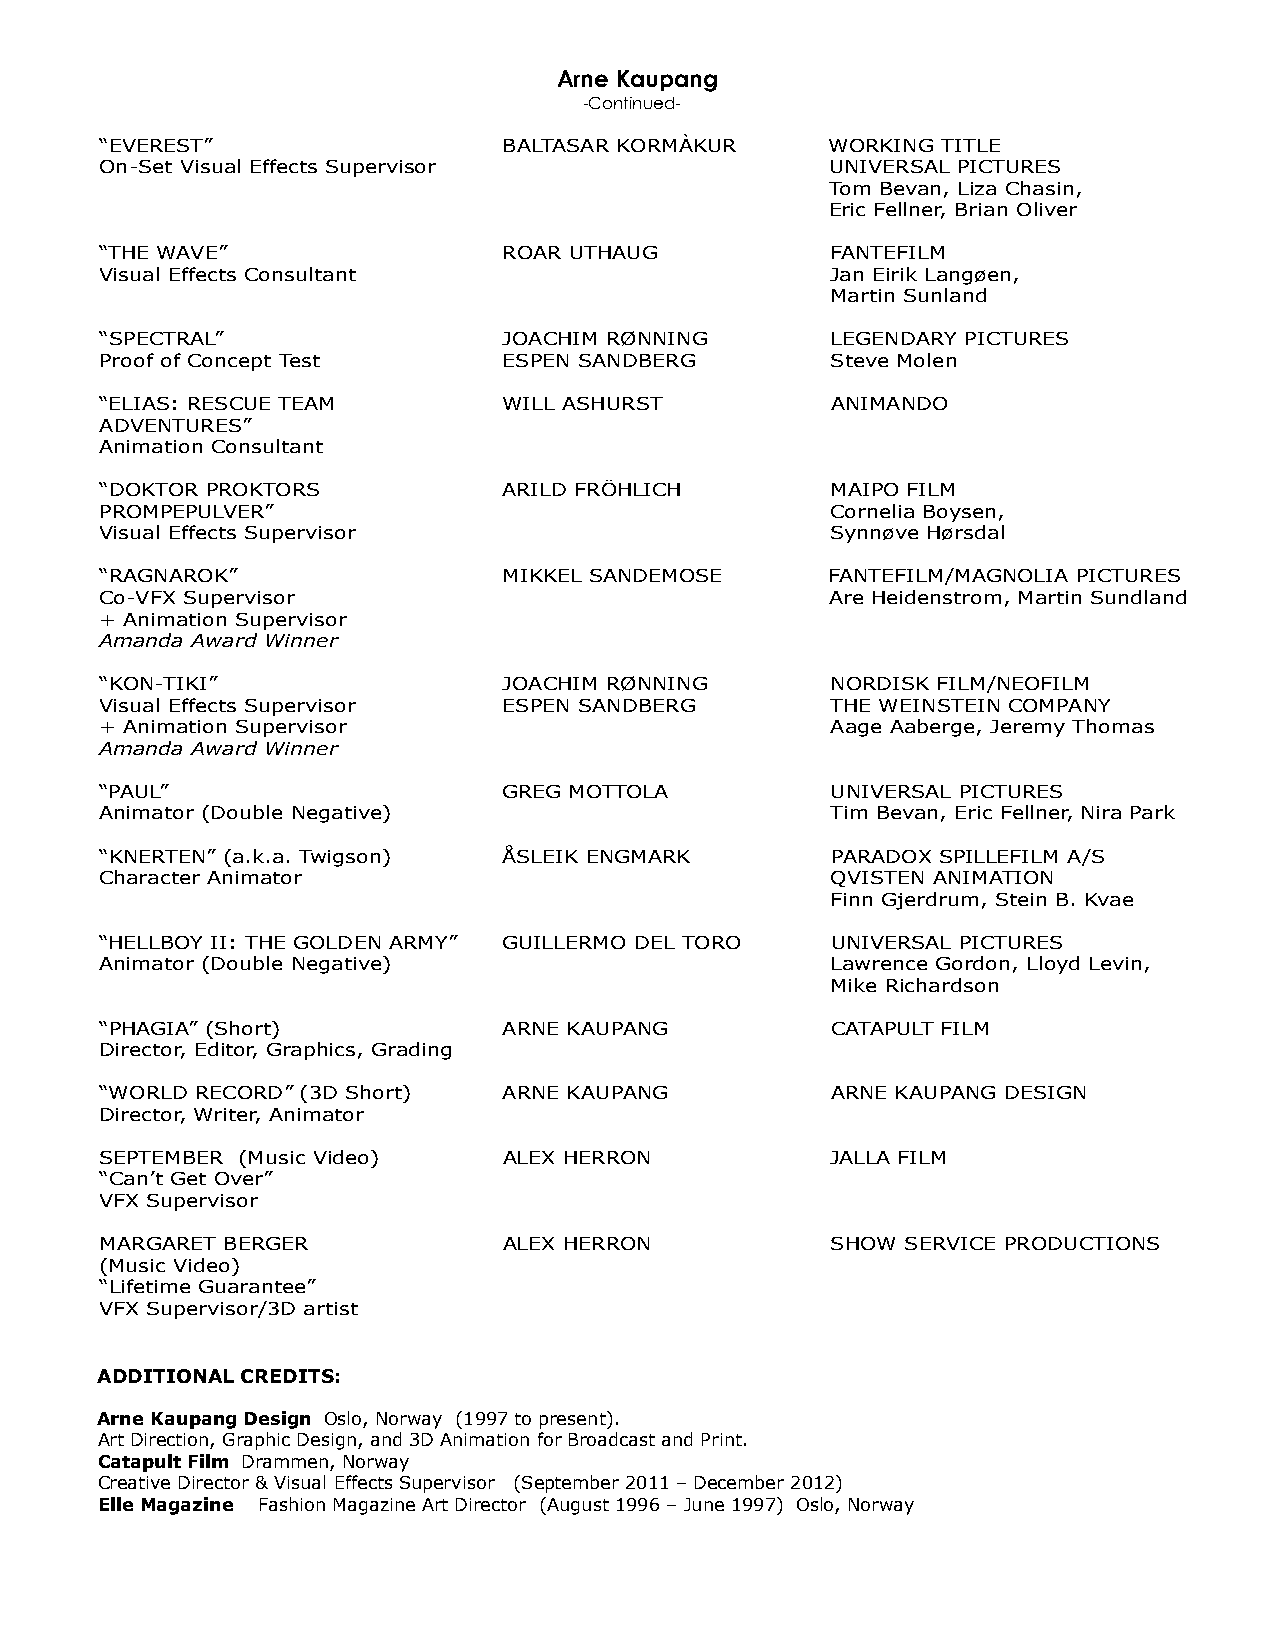
Arne Kaupang
 -Continued-
 “EVEREST”                 BALTASAR KORMÀKUR     WORKING TITLE
 On-Set Visual Effects Supervisor                UNIVERSAL PICTURES
 Tom Bevan, Liza Chasin,
 Eric Fellner, Brian Oliver
 “THE WAVE”                ROAR UTHAUG           FANTEFILM
 Visual Effects Consultant                       Jan Eirik Langøen,
 Martin Sunland
 “SPECTRAL”                JOACHIM RØNNING       LEGENDARY PICTURES
 Proof of Concept Test     ESPEN SANDBERG        Steve Molen
 “ELIAS: RESCUE TEAM       WILL ASHURST          ANIMANDO
 ADVENTURES”
 Animation Consultant
 “DOKTOR PROKTORS          ARILD FRÖHLICH        MAIPO FILM
 PROMPEPULVER”                                   Cornelia Boysen,
 Visual Effects Supervisor                       Synnøve Hørsdal
 “RAGNAROK”                MIKKEL SANDEMOSE      FANTEFILM/MAGNOLIA PICTURES
 Co-VFX Supervisor                               Are Heidenstrom, Martin Sundland
 + Animation Supervisor
 Amanda Award Winner
 “KON-TIKI”                JOACHIM RØNNING       NORDISK FILM/NEOFILM
 Visual Effects Supervisor ESPEN SANDBERG        THE WEINSTEIN COMPANY
 + Animation Supervisor                          Aage Aaberge, Jeremy Thomas
 Amanda Award Winner
 “PAUL”                    GREG MOTTOLA          UNIVERSAL PICTURES
 Animator (Double Negative)                      Tim Bevan, Eric Fellner, Nira Park
 “KNERTEN” (a.k.a. Twigson) ÅSLEIK ENGMARK       PARADOX SPILLEFILM A/S
 Character Animator                              QVISTEN ANIMATION
 Finn Gjerdrum, Stein B. Kvae
 “HELLBOY II: THE GOLDEN ARMY” GUILLERMO DEL TORO UNIVERSAL PICTURES
 Animator (Double Negative)                      Lawrence Gordon, Lloyd Levin,
 Mike Richardson
 “PHAGIA” (Short)          ARNE KAUPANG          CATAPULT FILM
 Director, Editor, Graphics, Grading
 “WORLD RECORD” (3D Short) ARNE KAUPANG          ARNE KAUPANG DESIGN
 Director, Writer, Animator
 SEPTEMBER (Music Video)   ALEX HERRON           JALLA FILM
 “Can’t Get Over”
 VFX Supervisor
 MARGARET BERGER           ALEX HERRON           SHOW SERVICE PRODUCTIONS
 (Music Video)
 “Lifetime Guarantee”
 VFX Supervisor/3D artist
 ADDITIONAL CREDITS:
 Arne Kaupang Design Oslo, Norway (1997 to present).
 Art Direction, Graphic Design, and 3D Animation for Broadcast and Print.
 Catapult Film Drammen, Norway
 Creative Director & Visual Effects Supervisor (September 2011 – December 2012)
 Elle Magazine Fashion Magazine Art Director (August 1996 – June 1997) Oslo, Norway